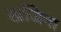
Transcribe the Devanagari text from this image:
खजिना